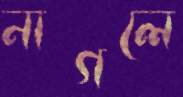
নাগলে